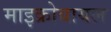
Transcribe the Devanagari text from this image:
माइक्रोबायल